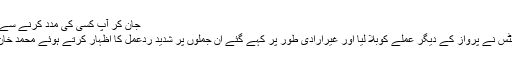
جان کر آپ کسی کی مدد کرنے سے پہلے ذرا بھی نہ سوچیں گے
ان الفاظ کا سننا تھا کہ ایئرہوسٹس نے پرواز کے دیگر عملے کوبلا لیا اور غیرارادی طور پر کہے گئے ان جملوں پر شدید ردعمل کا اظہار کرتے ہوئے محمد خان کو جہاز سے نیچے اتار دیا۔